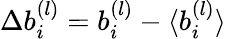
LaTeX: \Delta b_{i}^{(l)}=b_{i}^{(l)}-\langle{b_{i}^{(l)}}\rangle